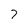
Character: 7